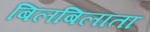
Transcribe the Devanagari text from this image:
बिलबिलाता